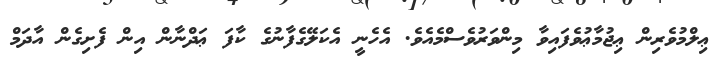
ޢިލްމުވެރިން ޢިޖުމާޢުވެފައިވާ މިންވަރުވެސްމެއެވެ. އެހެނީ އެކަލޭގެފާނުގެ ކާފަ ޢަދްނާން އިން ފެށިގެން އާދަމް